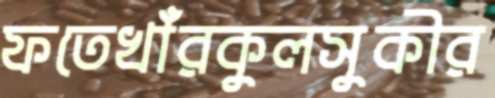
ফতেখাঁরকুলসুকীর